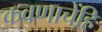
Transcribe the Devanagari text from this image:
कवणाचेंहि